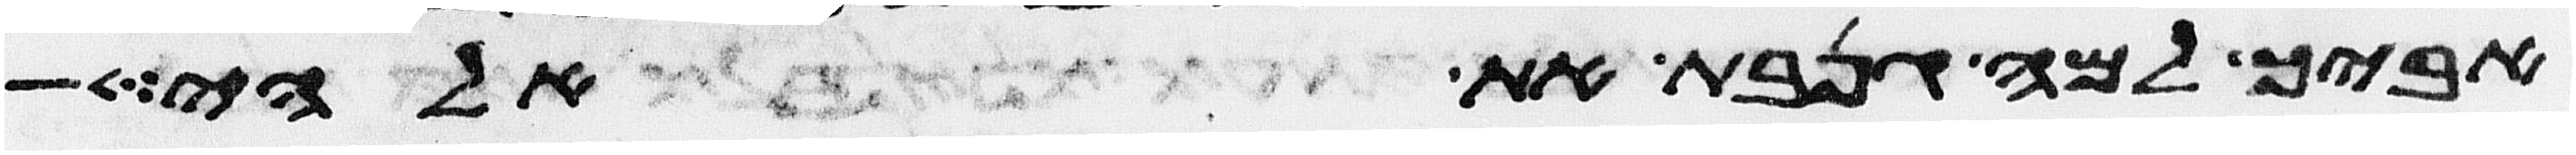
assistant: אביך למה גנבת את אלהי